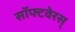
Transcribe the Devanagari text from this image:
सॉफ्टवेरस्